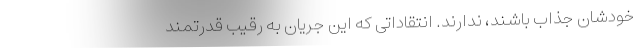
خودشان جذّاب باشند، ندارند. انتقاداتی که این جریان به رقیب قدرتمند